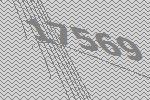
17569